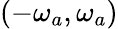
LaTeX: (-\omega_{a},\omega_{a})